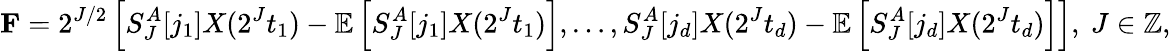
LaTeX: \mathbf{F}=2^{J/2}\left[S_{J}^{A}[j_{1}]X(2^{J}t_{1})-\mathbb{E}\left[S_{J}^{A}[j_{1}]X(2^{J}t_{1})\right],\ldots,S_{J}^{A}[j_{d}]X(2^{J}t_{d})-\mathbb{E}\left[S_{J}^{A}[j_{d}]X(2^{J}t_{d})\right]\right],\ J\in\mathbb{Z},